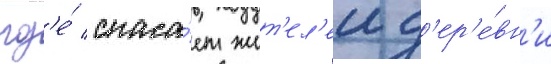
гд'е́ спаса́ет жит'ел'еи д'ер'е́вн'и